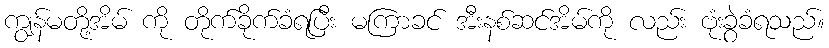
ကျွန်မတို့အိမ် ကို တိုက်ခိုက်ခံရပြီး မကြာခင် အီးနစ်ဆင်အိမ်ကို လည်း ဗုံးခွဲခံရသည်။